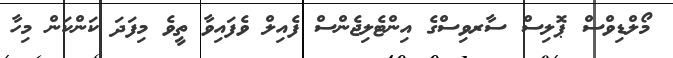
މޯލްޑިވްސް ޕޮލިސް ސާރވިސްގެ އިންޓެލިޖެންސް ފެއިލް ވެފައިވާ ތީވެ މިފަދަ ކަންކަން މިހާ